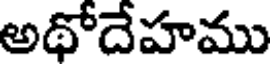
అథోదేహము